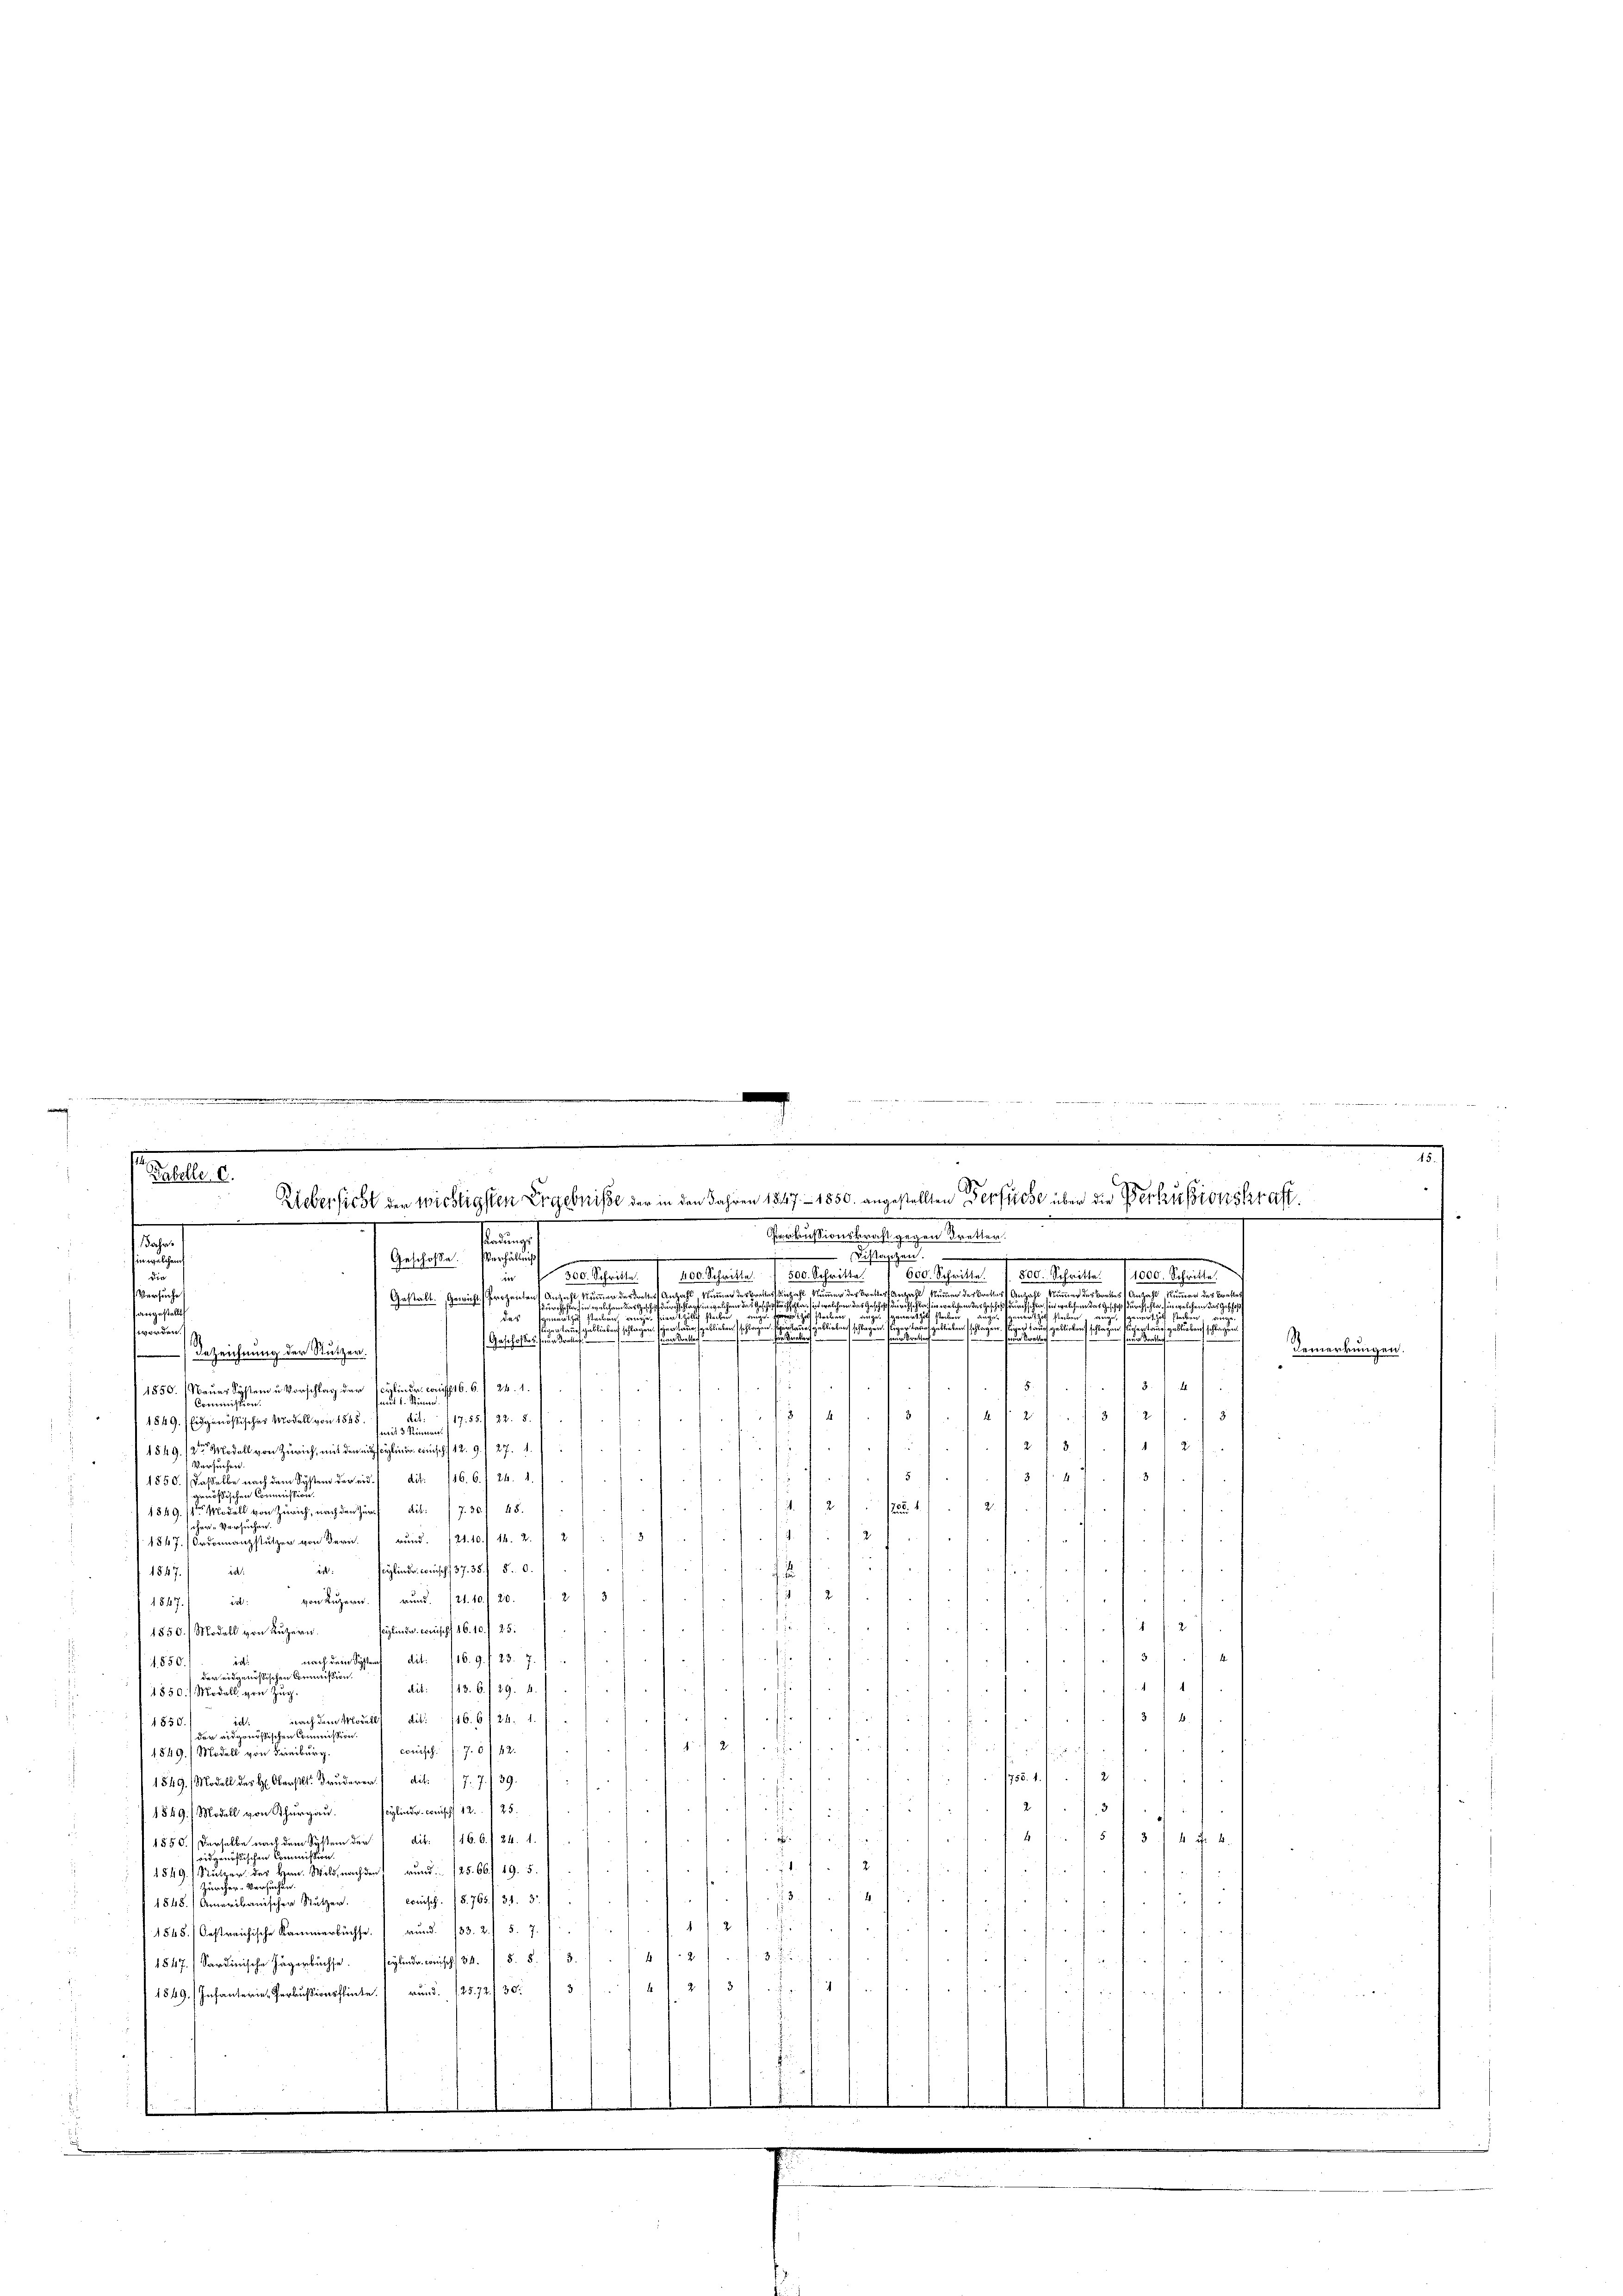
.
e

.

.
.

.

.
.
.
s
Rabelle. C.
Uebersicht der wichtigsten Ergebnisse der in den Jahren 1547 - 1850. angestellten Verfliese über die Perkussionskraft
f
.
8
.
Perkussionskraft gegen Tretter.
k
Jahr.
.
Ein welchen
e
n
Distanzen.
Geschosse. Verhältniß
 300. Schritte. 400. Schritte. 500. Schritte 1600. Schritte.
1000. Schritte
een behalten
die
i
Versuches
Bratte
af Ant
es bet
dasfeier
summer des Bretter Aus
Gestalt. Gewicht. Prozeichen d
nzahl kenn

n
g
sangestellt
s
s
des
a
u
un seine

u
u
worden.)
s
h
Bemerkung
Bezeichnung der Stutzen.

Z
.
linder. Coniff. 16. 6. f. 24. 1.
1850.  Neuer System u. Vorschlag der

Commission
38
3
. d. d. d. 8. d.
1849. Eidgenößischer Modell von 1548.  Fr. 17. 55. 22. 5.
J
2
23.
1549. 12ten Modell von Zürich, mit den miserlin der Comisch) 12. 9. 27. 1.
Versuchen.
.
d
d
1850. Dasselbe nach dem System der eid. / dit. 146. 6. 1 24. 1.
genössischen Commission.
e
2.
.24

1849. 14ten Modell von Zürich, nach den Zürich lit. 7. 30. 48.
¬
cher Versuchen.
 158
2
1847. Ordonnanzstutzer von Bern rund. (21.10. 14. 2. 2
ich a
t
ic: scylinde wünsch. 37. 35. 5. 0.
refert, woher seit e
1847. d.

 2
.
1867. d. von Lŭzern rŭnd. (21. 10. 20. S. 23
e
¬

¬
fede des
sylinde. Beischef 16. 10./25.
1850.] Modell von Luzern
dit. 116. 9. / 23. 7. 1
fer der hiehende
ah es er sie
id:
nach dem System
1850
der eidgenössischen Commission.
u
2
d
heit der den
dit: 113. 6./29. 4.
1850.] Modell von Zug.
f
3b
.
ia. nach dem Morall dit: 116. 6 f 24. 1. /.
2
 1850
der eidgenössischen Commission.
2
erfen für
 für

conisch. J. 7. 6142.

1849./ Modell von Freiburg.
2

1549. Modell des H. Oberst redit. 7.7. 139.
f
2

t
seylinder. Comisch 12. 125.
1549/ Modell von Thurgau.
3
4
5 f 34 f. 4.
1550. Derselbe nach dem System der 1 dit. 146. 6./24. 1. 7
n
ridgenössischen Com¬
21. 2
f
1549. / Nutzer des Hrn. Wild, nachden rund 125. 66. 49. 5.
f
n
Zürcher-Versuche
2

wonisch. §. 765. 31. 3.
f
1848.) Amerikanischer Stutzer.
1545) bestreichische Kammerbüchse und 133. 2. 5. 7. 7 1/2
hu
2.
1
1847/ Sardinische Jägerbüchse. seyen der wisch. 34. / 5. §. 73. 42
3
 f 4
 J
1849. Infanterie Perkussionslin und 125. 72. 30. 3/4
di in B

: